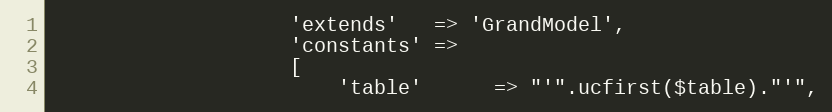
Language: PHP
                    'extends'   => 'GrandModel',
                    'constants' =>
                    [
                        'table'      => "'".ucfirst($table)."'",